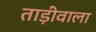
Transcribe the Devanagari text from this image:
ताड़ीवाला